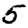
Digit: 5